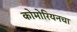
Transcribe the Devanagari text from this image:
कोमोरियनचा